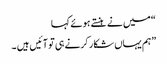
“ میں نے ہنستے ہوئے کہا
”ہم یہاں شکار کرنے ہی تو آئیں ہیں ۔